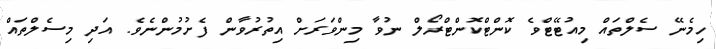
ހިމެނޭ ސެލްތައް މިއުޓޭޓްވެ ކޮންޓްކޮންޓްރޯލް ނުވާ މިންވަރަށް އިތުރުވާން ފެށުމުންނެވެ. އަދި މިސެލްތައް